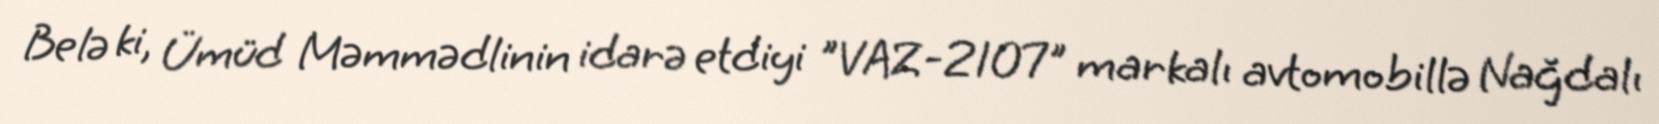
Belə ki, Ümüd Məmmədlinin idarə etdiyi "VAZ-2107" markalı avtomobillə Nağdalı